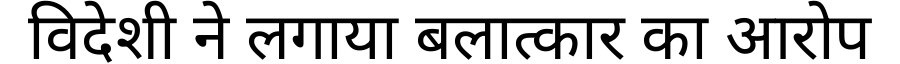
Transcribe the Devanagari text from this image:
विदेशी ने लगाया बलात्कार का आरोप